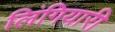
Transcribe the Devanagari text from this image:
लिंगियारी